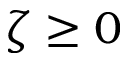
\zeta \geq 0